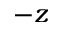
- z